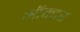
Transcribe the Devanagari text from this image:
ऑक्टर